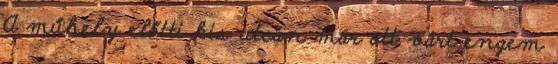
A műhely előtti kis utcán már ott várt engem